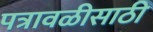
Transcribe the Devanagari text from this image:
पत्रावळीसाठी